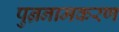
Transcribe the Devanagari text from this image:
पुन्रनामकरण